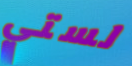
لستي